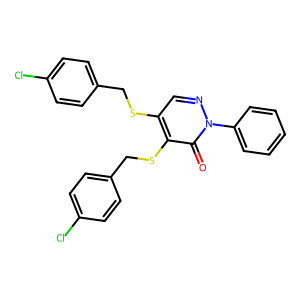
SMILES: O=c1c(SCc2ccc(Cl)cc2)c(SCc2ccc(Cl)cc2)cnn1-c1ccccc1
Inhibits HIV replication: No